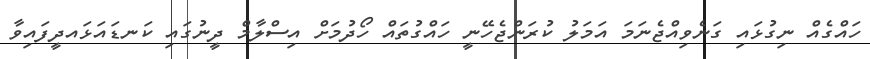
ހައްގެއް ނިގުޅައި ގަނެވިއްޖެނަމަ އަމަލު ކުރަންޖެހޭނީ ހައްގުތައް ހޯދުމަށް އިސްލާމް ދީނުގައި ކަނޑައަޅައދީފައިވާ